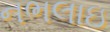
નભલાઇ